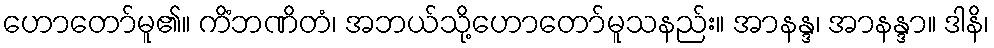
ဟောတော်မူ၏။ ကိံဘဏိတံ၊ အဘယ်သို့ဟောတော်မူသနည်း။ အာနန္ဒ၊ အာနန္ဒာ။ ဒါနိ၊